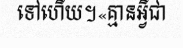
ទៅហើយ។«គ្មានអ្វីជា